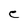
Character: C